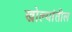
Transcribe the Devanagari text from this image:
खोल्यांतील